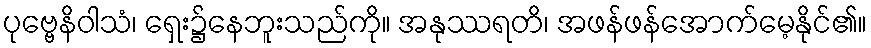
ပုဗ္ဗေနိဝါသံ၊ ရှေး၌နေဘူးသည်ကို။ အနုဿရတိ၊ အဖန်ဖန်အောက်မေ့နိုင်၏။